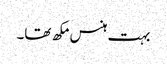
بہت ہنس مکھ تھا۔